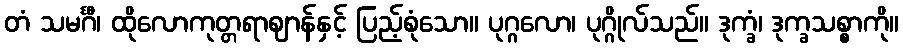
တံ သမင်္ဂီ၊ ထိုလောကုတ္တရာဈာန်နှင့် ပြည့်စုံသော။ ပုဂ္ဂလော၊ ပုဂ္ဂိုလ်သည်။ ဒုက္ခံ၊ ဒုက္ခသစ္စာကို။